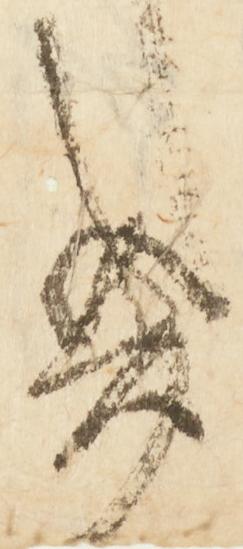
き